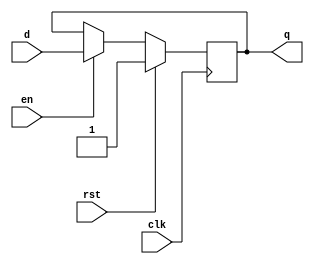
module const_rst_ff(
	input clk, 
	input rst, 
	input en, 
	input d, 
	output reg q
);

	wire next_q;

	assign next_q = en ? d : q;

	always @(posedge clk) begin
		if (rst & 1'b1)
			q <= 1'b1;
		else
			q <= next_q;
	end
endmodule